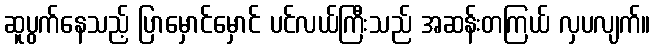
ဆူပွက်နေသည့် ပြာမှောင်မှောင် ပင်လယ်ကြီးသည် အဆန်းတကြယ် လှပလျက်။